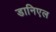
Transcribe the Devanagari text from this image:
डानिएल